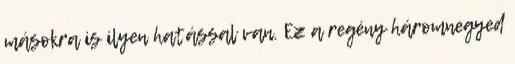
másokra is ilyen hatással van. Ez a regény háromnegyed